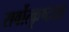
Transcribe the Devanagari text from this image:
सर्वोत्कृष्टता